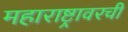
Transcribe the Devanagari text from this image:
महाराष्ट्रावरची